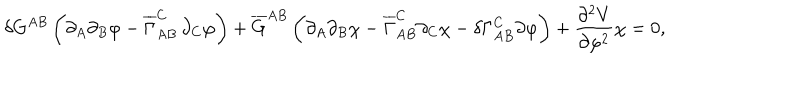
LaTeX: \delta G ^ { A B } \, \biggl ( \partial _ { A } \partial _ { B } \varphi - \overline { { { \Gamma } } } _ { A B } ^ { C } \, \partial _ { C } \varphi \biggr ) + \overline { { { G } } } ^ { A B } \, \biggl ( \partial _ { A } \partial _ { B } \chi - \overline { { { \Gamma } } } _ { A B } ^ { C } \partial _ { C } \chi - \delta \Gamma _ { A B } ^ { C } \partial \varphi \biggr ) + \frac { \partial ^ { 2 } V } { \partial \varphi ^ { 2 } } \chi = 0 ,